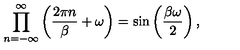
\prod _ { n = - \infty } ^ { \infty } \left( \frac { 2 \pi n } { \beta } + \omega \right) = \sin \left( \frac { \beta \omega } { 2 } \right) ,